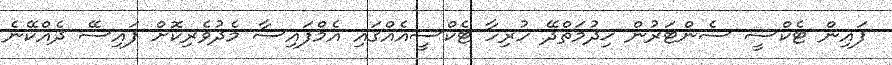
ފައިން ޓެކްސީ ސެންޓަރުން ޚިދުމަތްދޭ ހުރިހާ ޓެކްސީއެއްގައި އެމްފައިސާ މެދުވެރިކޮށް ފައިސޭ ދެއްކޭނެ